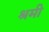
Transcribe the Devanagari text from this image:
श्रमी